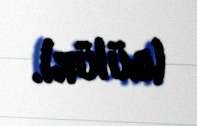
(gülür).